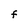
Character: F